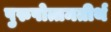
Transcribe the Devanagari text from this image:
पुरुषोत्तमतीर्थ